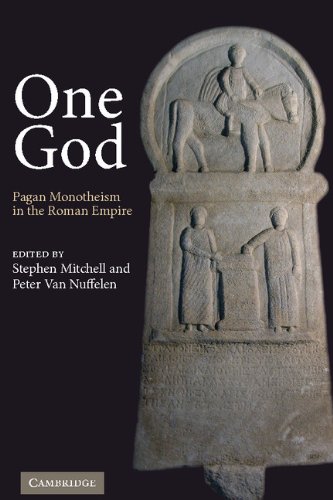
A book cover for One God: Pagan Monotheism in the Roman Empire; Religion & Spirituality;